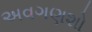
અવગણશો